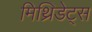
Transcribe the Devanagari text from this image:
मिथ्रिडेट्स